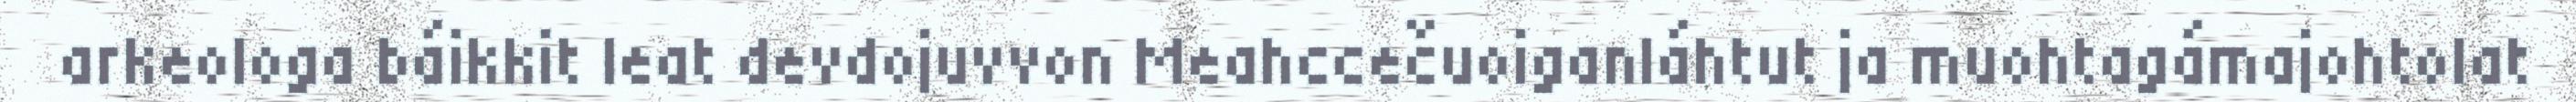
arkeologa báikkit leat devdojuvvon Meahccečuoiganláhtut ja muohtagámajohtolat